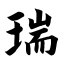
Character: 瑞